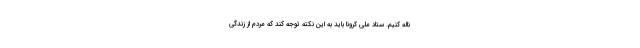
ناله کنیم. ستاد ملی کرونا باید به این نکته توجه کند که مردم از زندگی